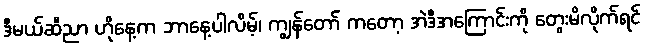
ဒီမယ်ဆီညာ ဟိုနေ့က ဘာနေ့ပါလိမ့်၊ ကျွန်တော် ကတော့ အဲဒီအကြောင်းကို တွေးမိလိုက်ရင်